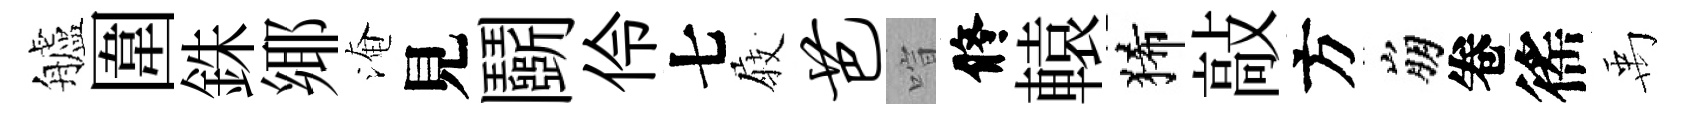
艫圍銖鄊淹見鬬伶七𡲆芭喧修轅狶敲方崩卷徭禹